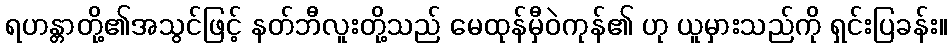
ရဟန္တာတို့၏အသွင်ဖြင့် နတ်ဘီလူးတို့သည် မေထုန်မှီဝဲကုန်၏ ဟု ယူမှားသည်ကို ရှင်းပြခန်း။